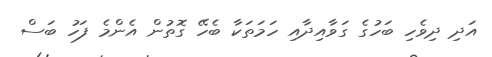
އަދި ދިވެހި ބަހުގެ ގަވާއިދާއި ހަމަތަކާ ބެހޭ ގޮތުން އެންމެ ފަހު ބަސް